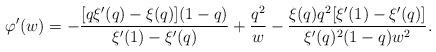
LaTeX: \begin{align*}\varphi'(w) = -\frac{[q \xi'(q)-\xi(q)](1-q)}{\xi'(1)-\xi'(q)}+\frac{q^2}w -\frac{\xi(q)q^2[\xi'(1)-\xi'(q)]}{\xi'(q)^2(1-q)w^2}.\end{align*}